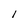
Character: I